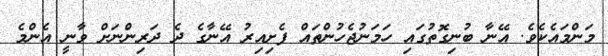
މަންމައެކެވެ. އޭނާ ބުނިގޮތުގައި ހަމަނުޖެހުންތައް ފެށިއިރު އޭނާގެ ދެ ދަރިންނަށް ވާނީ އެންމެ